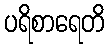
ပရိစာရေတိ